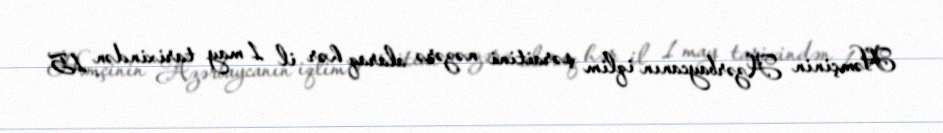
Həmçinin Azərbaycanın iqlim şəraitini nəzərə alaraq hər il 1 may tarixindən 15